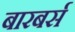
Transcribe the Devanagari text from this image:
बारबर्स